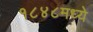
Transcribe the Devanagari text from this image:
१८४८मध्ये